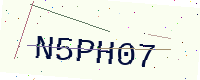
Text: N5PH07